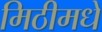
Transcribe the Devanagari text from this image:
मिठीमधे